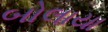
બોલાયા